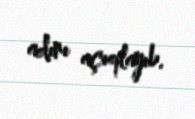
adını açıqlayıb.